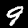
Digit: 9